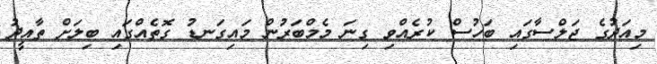
މިއަދުގެ ޖަލްސާގައި ބަހުސް ކުރެއްވި ގިނަ މެމްބަރުން މައިގަނޑު ގޮތެއްގައި ބިލަށް ތާއީދު